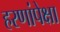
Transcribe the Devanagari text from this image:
हरणांपेक्षा